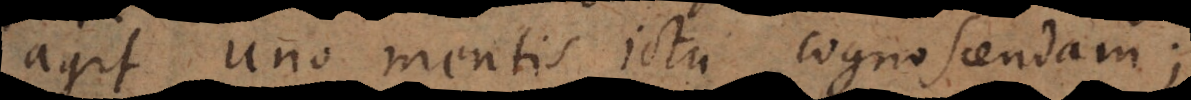
agit uno mentis ictu cognoscendam;